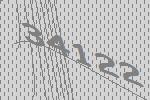
34122